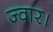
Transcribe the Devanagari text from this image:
ज्वार।